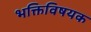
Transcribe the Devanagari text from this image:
भक्तिविषयक